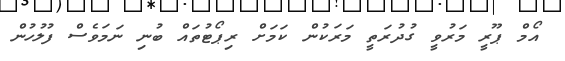
އޯމް ޕޫރީ މަރުވީ ގުދުރަތީ މަރަކުން ކަމަށް ރިޕޯޓުތައް ބުނި ނަމަވެސް ފުލުހުން